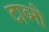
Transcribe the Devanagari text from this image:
टाव्नी